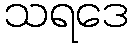
သရဒေ